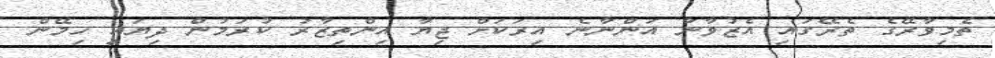
ތެމިވާރޭގެ ތެރޭގައި އެޒުވާނާ އަންނާނެ އިރަކަށް ޖިޔާ އިންތިޒާރު ކުރަމުން ދިޔައީ ހިމޭން